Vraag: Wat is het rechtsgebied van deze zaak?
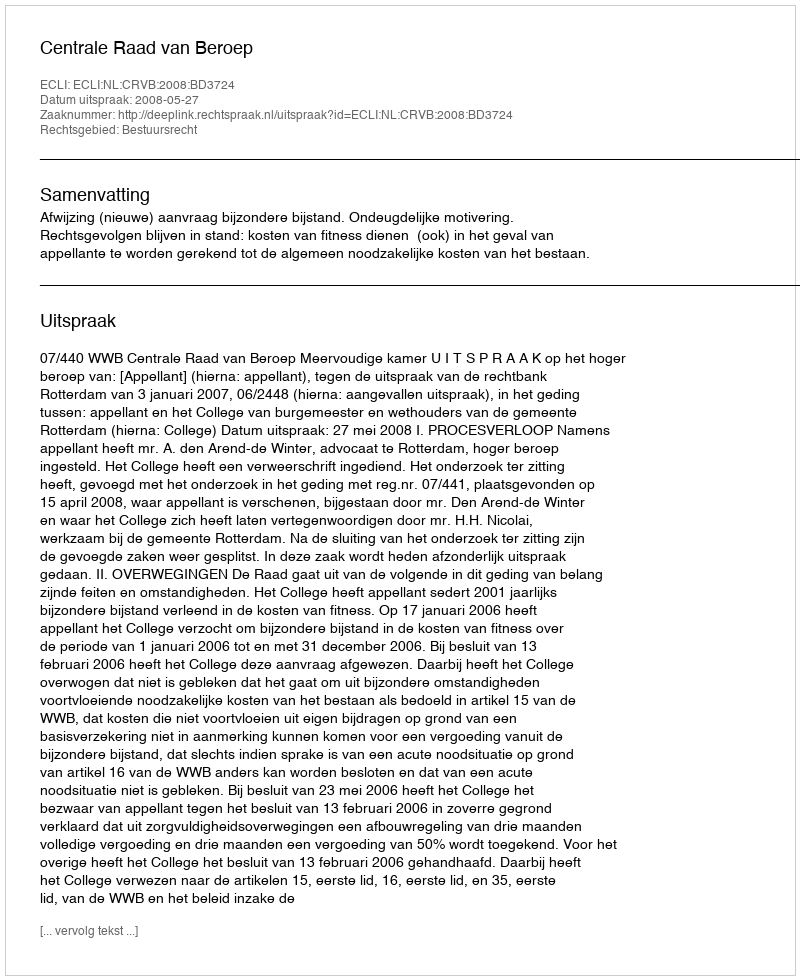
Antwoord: Bestuursrecht